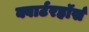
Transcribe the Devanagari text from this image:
क्वार्टरहॉर्स